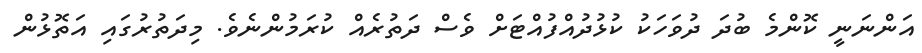
އަންނަނީ ކޮންމެ ބުދަ ދުވަހަކު ކުޅުދުއްފުއްޓަށް ވެސް ދަތުރެއް ކުރަމުންނެވެ. މިދަތުުރުގައި އަތޮޅުން